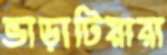
ভাড়াটিয়ারা